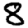
Digit: 8